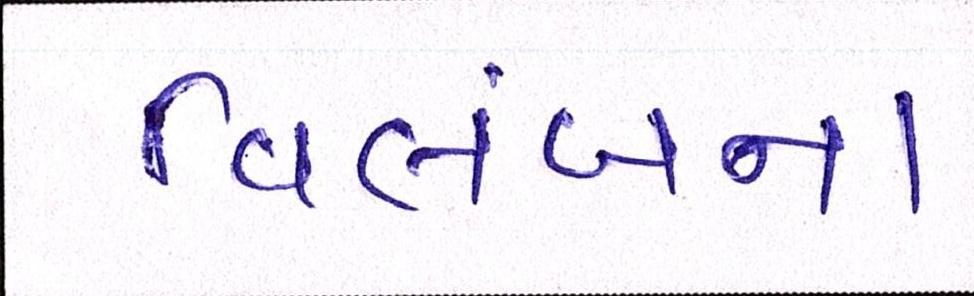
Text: વિલંબના